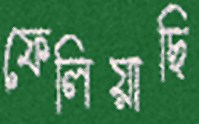
ফেলিয়াছি